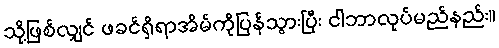
သို့ဖြစ်လျှင် ဖခင်ရှိရာအိမ်ကိုပြန်သွားပြီး ငါဘာလုပ်မည်နည်း။